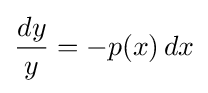
{dy \over y}=-{p(x)\,dx}